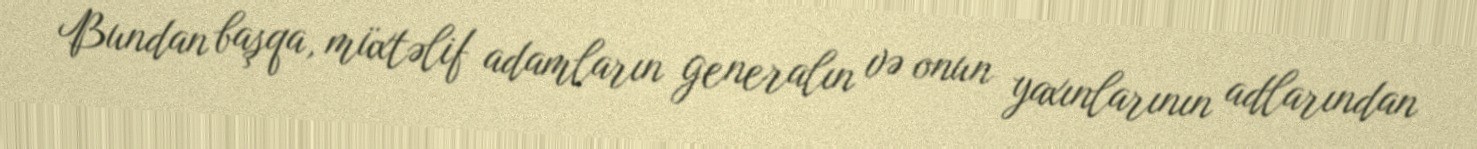
Bundan başqa, müxtəlif adamların generalın və onun yaxınlarının adlarından